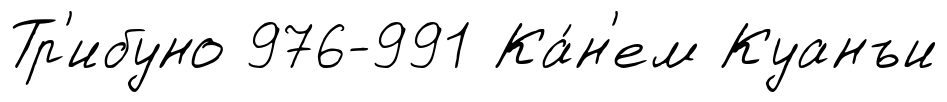
Тр'ибуно 976-991 Ка́н'ем Куанъи